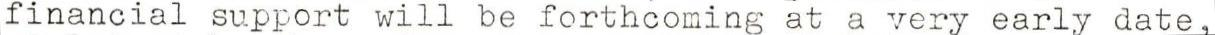
financial support wiil be forthcoming at a very early date,